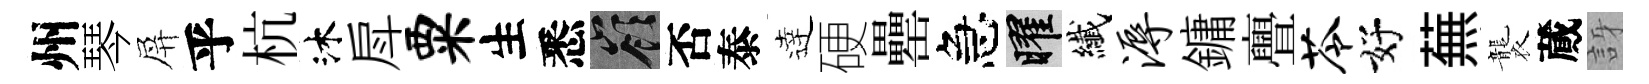
州琴屏乎杭沐戽粟生悉嶺否泰逹硬罍急曜纎溽鏞亹苓好蕪襲蕆訝